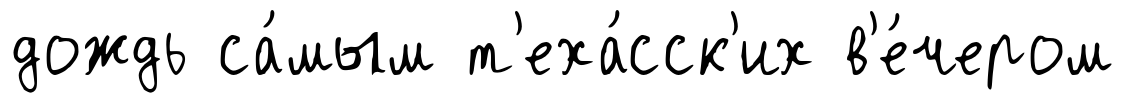
дождь са́мым т'еха́сск'их в'е́чером